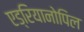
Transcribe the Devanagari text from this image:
एड्रियानोपिल